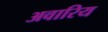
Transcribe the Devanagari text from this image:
अवारिय